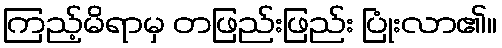
ကြည့်မိရာမှ တဖြည်းဖြည်း ပြုံးလာ၏။